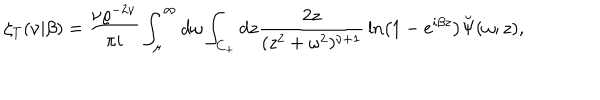
\zeta _ { T } ( \nu | \beta ) = { \frac { \nu \varrho ^ { - 2 \nu } } { \pi i } } \int _ { \mu } ^ { \infty } d \omega \int _ { C _ { + } } d z { \frac { 2 z } { ( z ^ { 2 } + \omega ^ { 2 } ) ^ { \nu + 1 } } } \ln \left( 1 - e ^ { i \beta z } \right) \breve { \Psi } ( \omega ; z ) ,